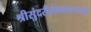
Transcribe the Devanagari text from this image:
श्रीसुंदरीसेवनतत्परानां